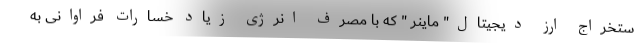
ستخراج ارز دیجیتال" ماینر " که با مصرف انرژی زیاد خسارات فراوانی به